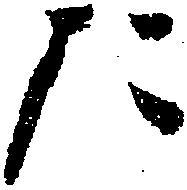
た